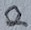
Text: 2